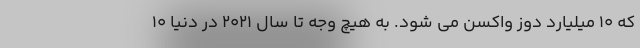
که ۱۰ میلیارد دوز واکسن می شود. به هیچ وجه تا سال ۲۰۲۱ در دنیا ۱۰